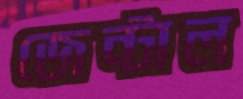
জেন্টাল